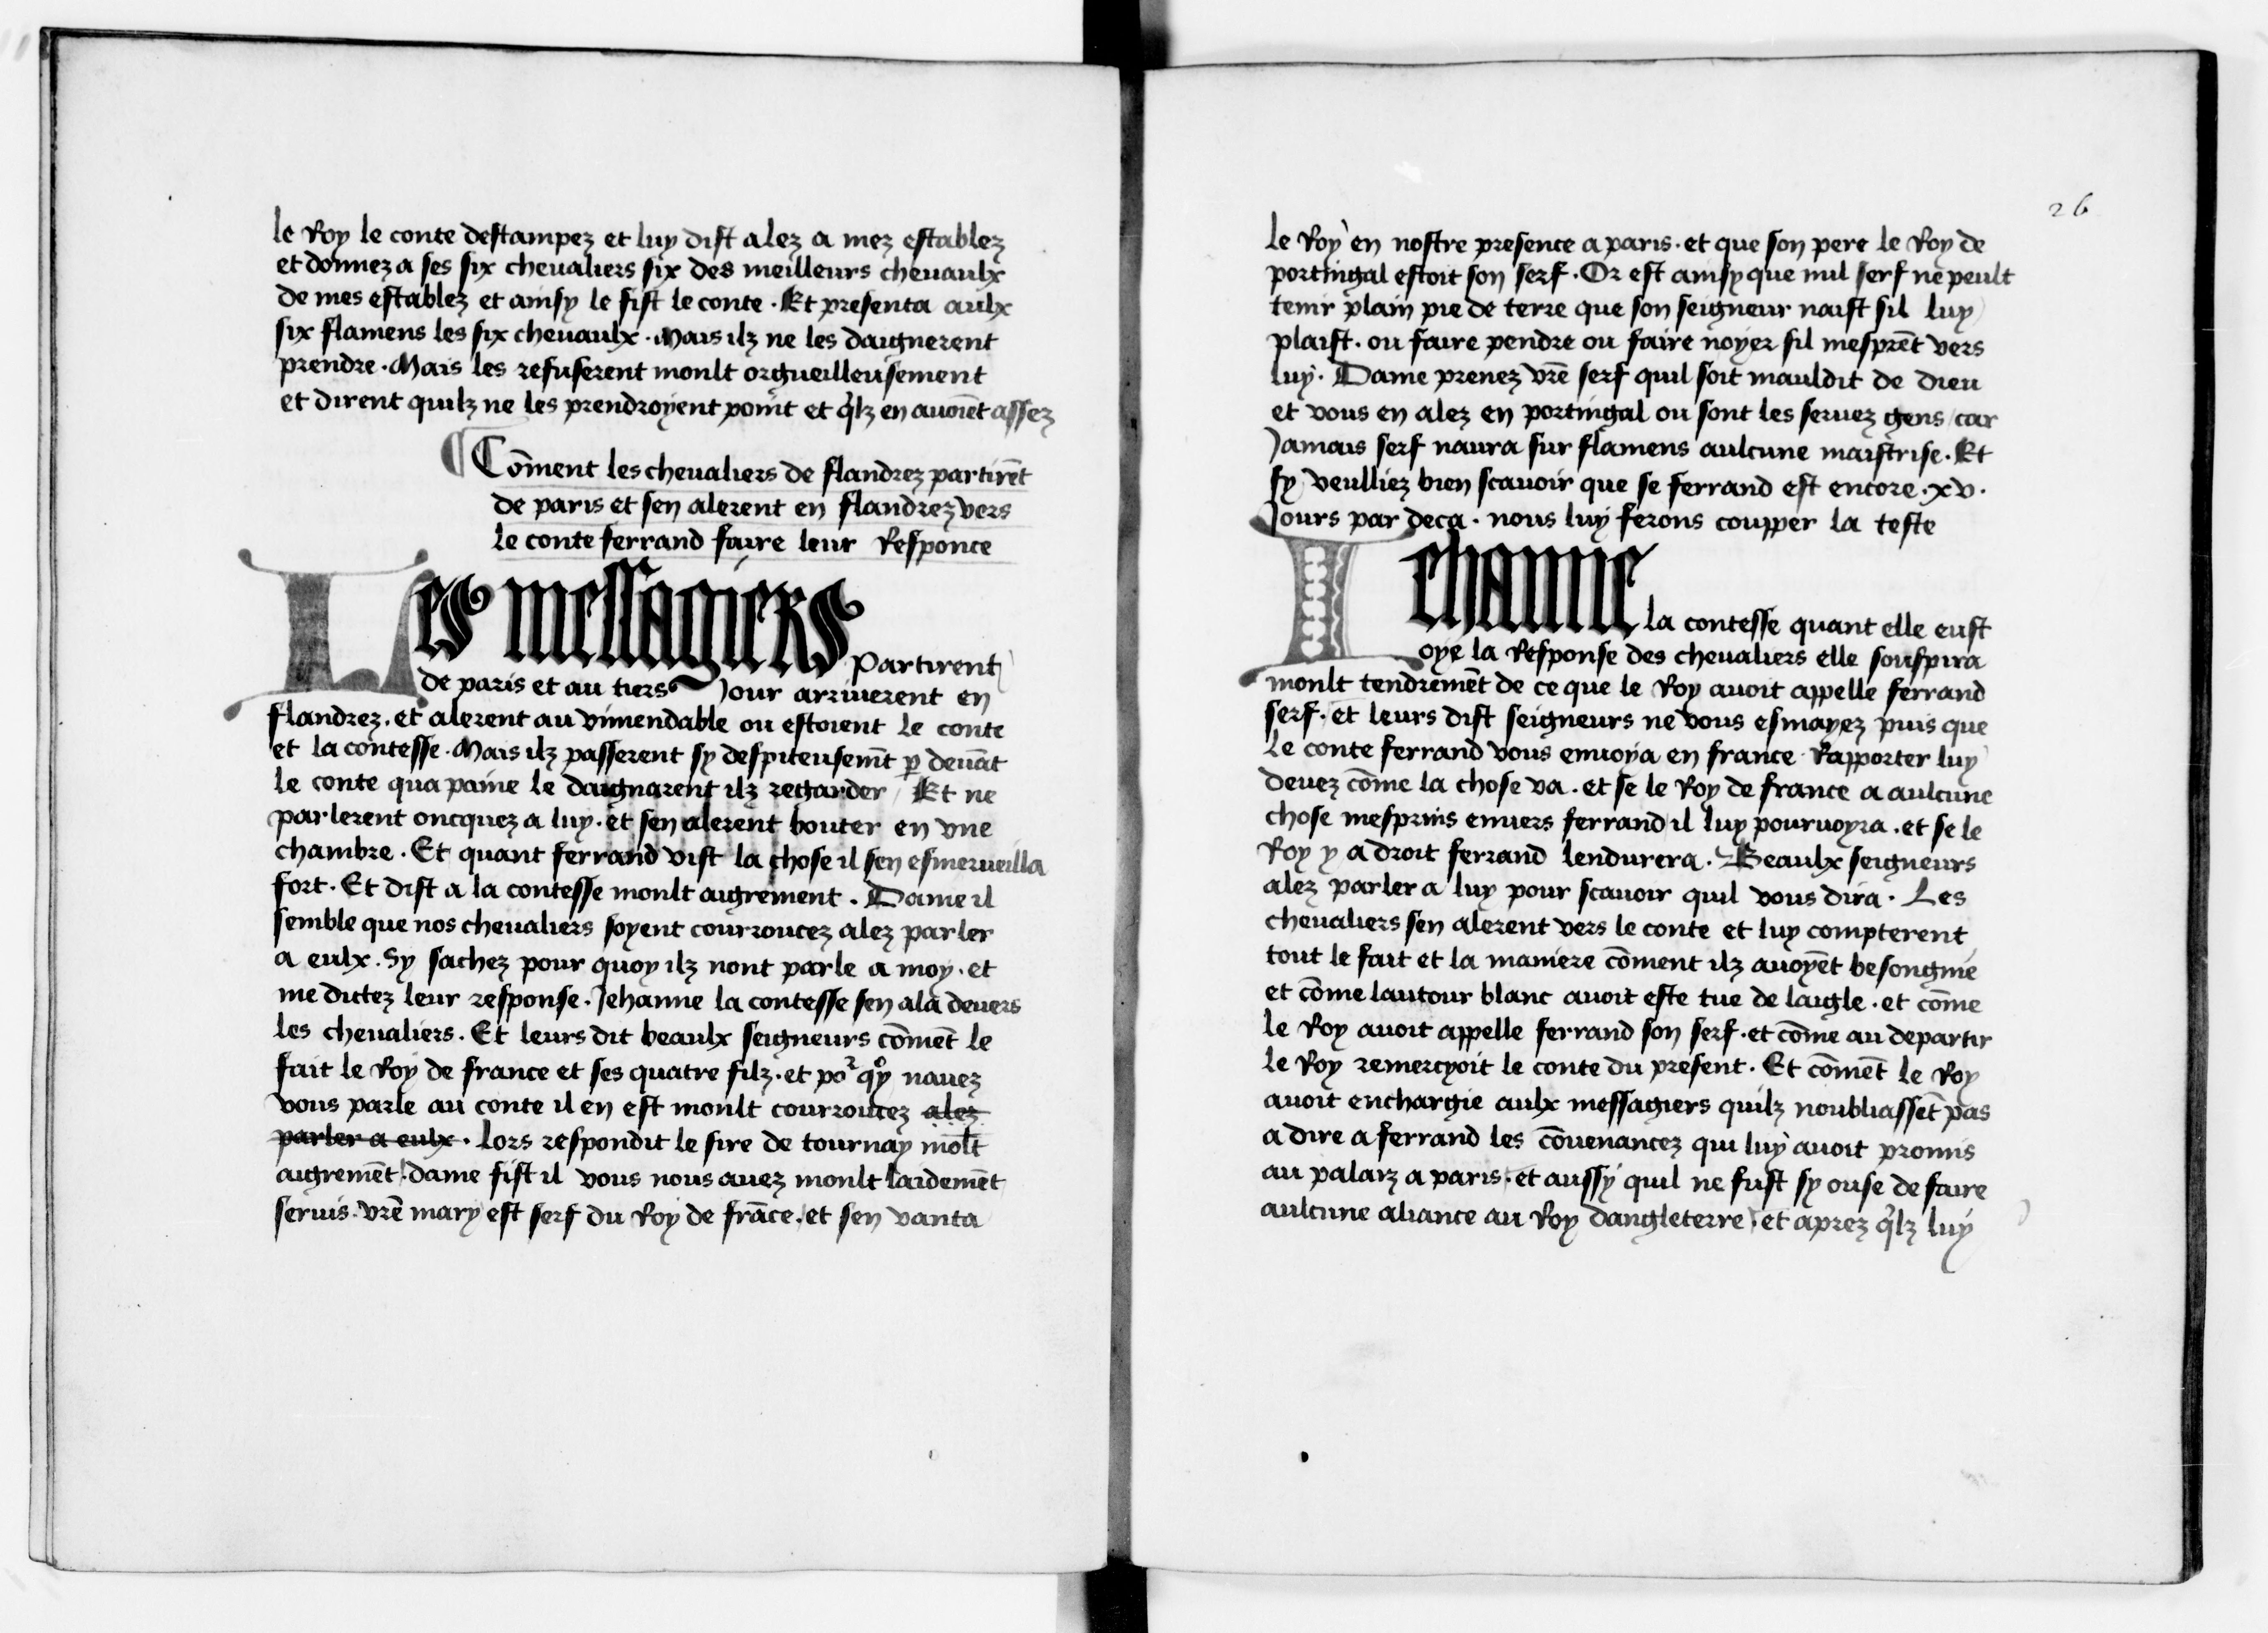
Shelfmark: Paris, BnF, NAF 6213
Century: 15